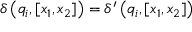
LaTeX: \delta \left( q _ { i } , [ x _ { 1 } , x _ { 2 } ] \right) = \delta ^ { \prime } \left( q _ { i } , [ x _ { 1 } , x _ { 2 } ] \right)